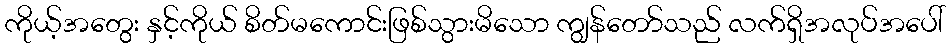
ကိုယ့်အတွေး နှင့်ကိုယ် စိတ်မကောင်းဖြစ်သွားမိသော ကျွန်တော်သည် လက်ရှိအလုပ်အပေါ်